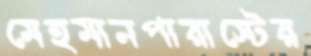
মেহমানপারাস্টের